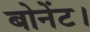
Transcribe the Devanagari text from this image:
बोनेंट।